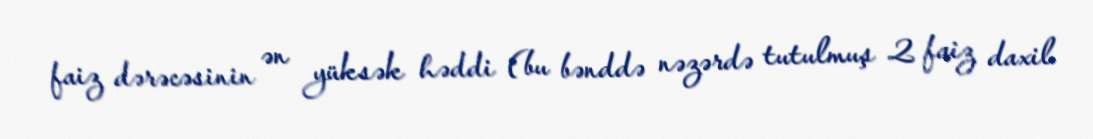
faiz dərəcəsinin ən yüksək həddi (bu bənddə nəzərdə tutulmuş 2 faiz daxil